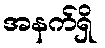
အနက်ရှိ